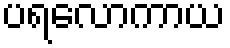
ပရလောကာယ